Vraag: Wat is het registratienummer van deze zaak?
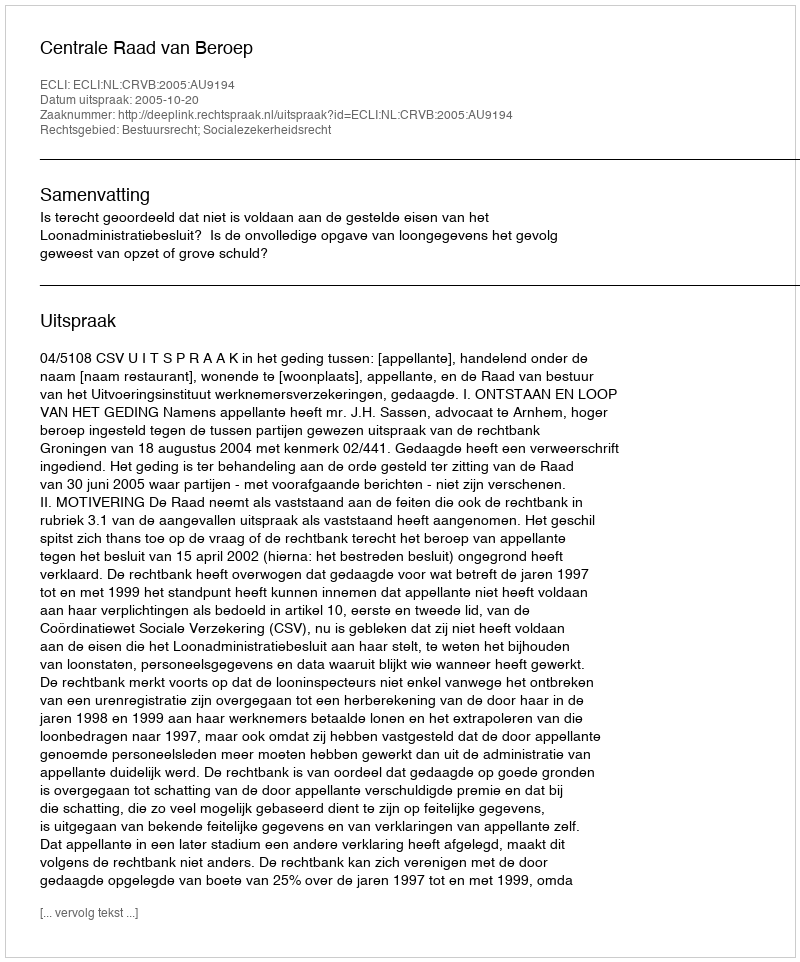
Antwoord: http://deeplink.rechtspraak.nl/uitspraak?id=ECLI:NL:CRVB:2005:AU9194